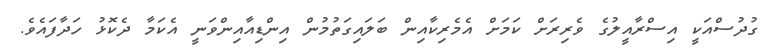
ގުދުސްއަކީ އިސްރާއީލުގެ ވެރިރަށް ކަމަށް އެމެރިކާއިން ބަލައިގަތުމުން އިންޑިއާއިންވަނީ އެކަމާ ދެކޮޅު ހަދާފައެވެ.